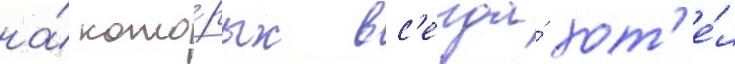
на́ кото́рых вс'егда́ хот'е́л